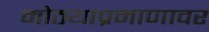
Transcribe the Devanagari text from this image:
मोठयाप्रमाणावर